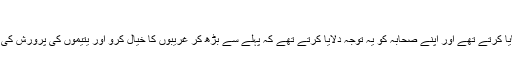
(خطباتِ طاہر جلد9صفحہ215)
حضرت اقدس محمد ﷺ روزوں کے بعد کی عید اس طرح منایا کرتے تھے اور اپنے صحابہ کو یہ توجہ دلایا کرتے تھے کہ پہلے سے بڑھ کر غریبوں کا خیال کرو اور یتیموں کی پرورش کی طرف متوجہ ہو اور بیوگان اور مصیبت زدگان کا خیال کرو۔